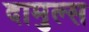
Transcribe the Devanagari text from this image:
दामुल्स